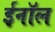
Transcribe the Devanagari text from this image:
ईनॉल